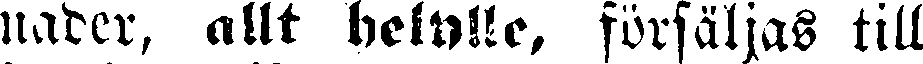
nader, allt helulle, försäljas till